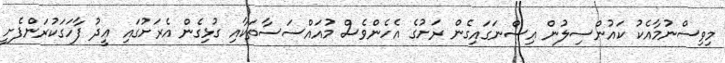
މިވިސްނުމާއެކު ކައުންސިލުން އިސްނަގައިގެން ރަށުގެ އެހެންވެސް މުއައްސަސާތަކާއި ގުޅިގެން އެރަށުގައި ޢީދު ފާހަގަކުރަންފެށީ